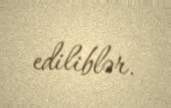
ediliblər.